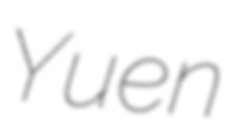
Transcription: Yuen